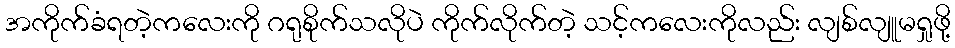
အကိုက်ခံရတဲ့ကလေးကို ဂရုစိုက်သလိုပဲ ကိုက်လိုက်တဲ့ သင့်ကလေးကိုလည်း လျစ်လျူမရှုဖို့